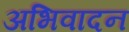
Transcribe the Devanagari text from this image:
अभिवादन